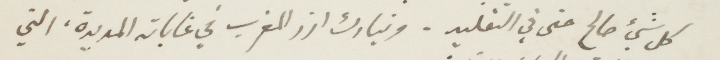
كل شيء صالح حتى في التقليد. وتبارك ارز المغرب في غاباته المديدة، التي